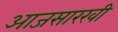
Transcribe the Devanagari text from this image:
आजसारखी